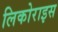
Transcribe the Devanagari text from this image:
लिकोराइस